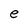
Character: e